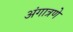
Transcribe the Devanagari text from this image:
अंगात्रणे